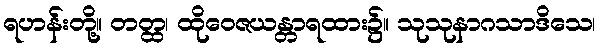
ရဟန်းတို့။ တတ္ထ၊ ထိုဝေဇယန္တာရထား၌။ သုသုနာဂသာဒိသေ၊